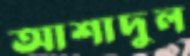
আশাদুল